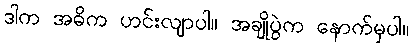
ဒါက အဓိက ဟင်းလျာပါ။ အချိုပွဲက နောက်မှပါ။